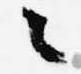
々